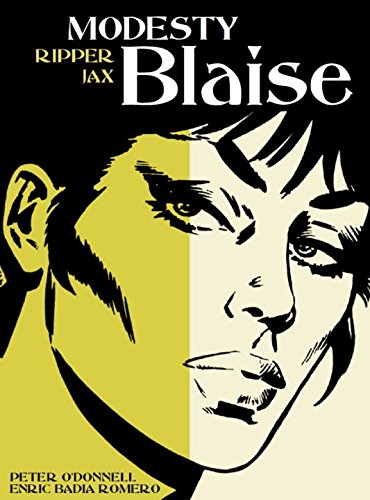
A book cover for Modesty Blaise - Ripper Jax; Peter O'Donnell; Comics & Graphic Novels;